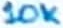
Text: 10K